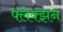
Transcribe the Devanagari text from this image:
फ्लेक्झन